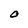
Character: 0